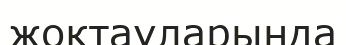
жоқтауларында